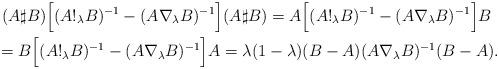
LaTeX: \begin{align*}&~(A\sharp B)\Big[(A!_\lambda B)^{-1}-(A\nabla_\lambda B)^{-1}\Big](A\sharp B)=A\Big[(A!_\lambda B)^{-1}-(A\nabla_\lambda B)^{-1}\Big]B\\&=B\Big[(A!_\lambda B)^{-1}-(A\nabla_\lambda B)^{-1}\Big]A=\lambda(1-\lambda)(B-A)(A\nabla_\lambda B)^{-1}(B-A).\qquad\end{align*}